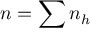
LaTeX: n = \sum n _ { h }